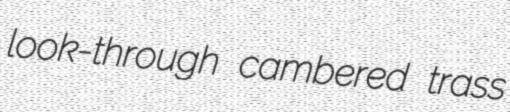
look-through cambered trass